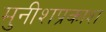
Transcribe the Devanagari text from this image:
मुनीशप्रकाश